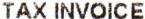
TAX INVOICE